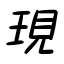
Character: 現